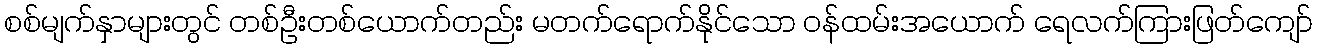
စစ်မျက်နှာများတွင် တစ်ဦးတစ်ယောက်တည်း မတက်ရောက်နိုင်သော ဝန်ထမ်းအယောက် ရေလက်ကြားဖြတ်ကျော်